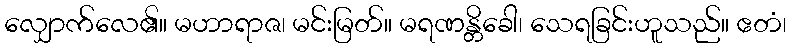
လျှောက်လေ၏။ မဟာရာဇ၊ မင်းမြတ်။ မရဏန္တိခေါ၊ သေရခြင်းဟူသည်။ ဧတံ၊